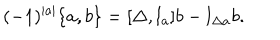
LaTeX: ( - 1 ) ^ { | a | } \{ a , b \} = { [ \Delta , l _ { a } ] } b - l _ { \Delta a } b .